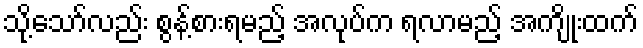
သို့သော်လည်း စွန့်စားရမည့် အလုပ်က ရလာမည့် အကျိုးထက်